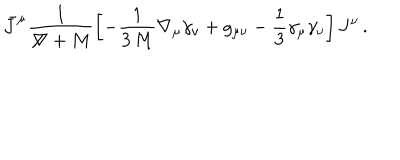
LaTeX: \bar { J } ^ { \mu } \frac { 1 } { \not \! \nabla + M } \left[ - \frac { 1 } { 3 \, M } \nabla _ { \mu } \gamma _ { \nu } + g _ { \mu \nu } - \frac { 1 } { 3 } \gamma _ { \mu } \gamma _ { \nu } \right] J ^ { \nu } \, .